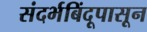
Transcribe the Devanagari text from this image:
संदर्भबिंदूपासून